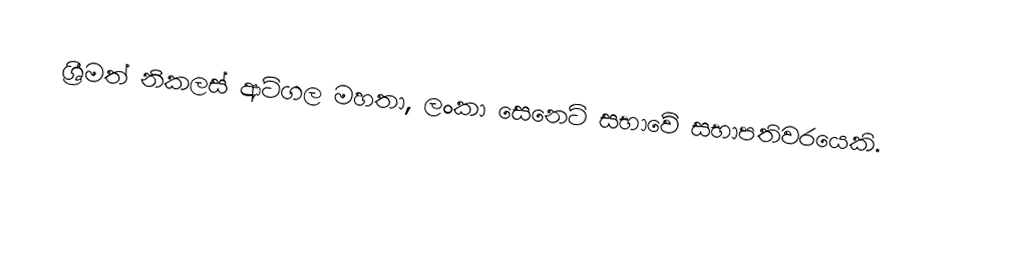
ශ්‍රීමත් නිකලස් ආටිගල මහතා, ලංකා සෙනෙට් සභාවේ සභාපතිවරයෙකි.